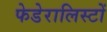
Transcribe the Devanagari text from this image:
फेडेरालिस्टों